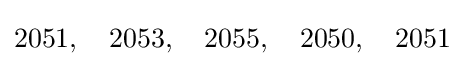
2051,\quad 2053,\quad 2055,\quad 2050,\quad 2051